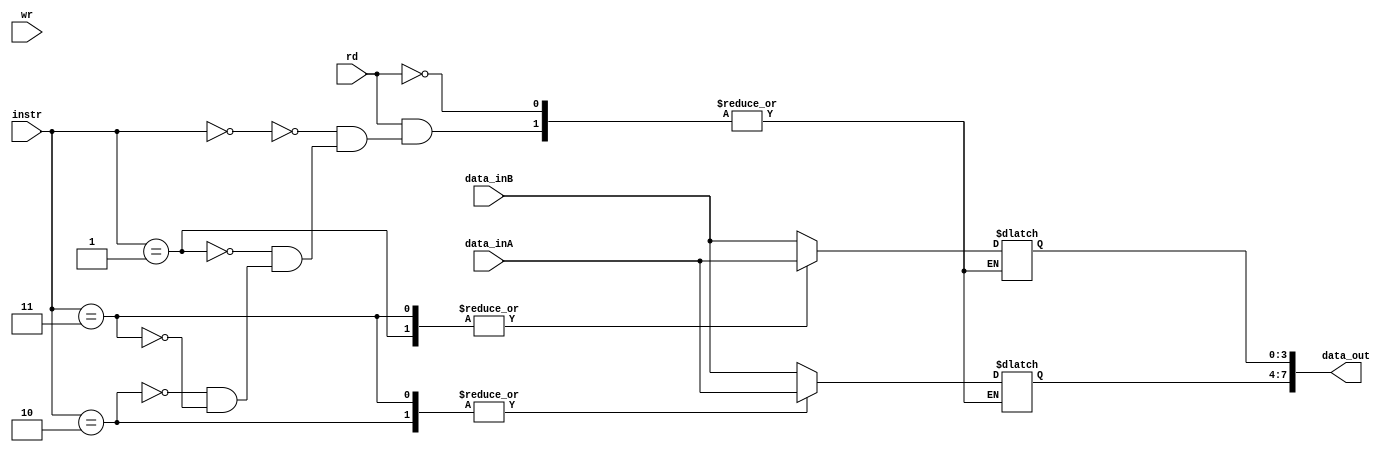
module register_ALU #(parameter Tamdata = 4, Tamrow = 2)(
    data_inA,data_inB, instr,data_out,rd,wr
);
input [3:0] data_inA;
input [3:0] data_inB;
input rd,wr;
input [2:0] instr;
output reg [7:0] data_out;

reg [Tamdata-1:0] memory [Tamrow-1:0];

always @(*) begin
    if (rd) begin
        case (instr)
            2'b00: begin data_out[7:4] <= data_inB; data_out[3:0] <= data_inB; end 
            2'b01: begin data_out[7:4] <= data_inB; data_out[3:0] <= data_inA; end
            2'b10: begin data_out[7:4] <= data_inA; data_out[3:0] <= data_inB; end 
            2'b11: begin data_out[7:4] <= data_inA; data_out[3:0] <= data_inA; end 
        endcase  
    end

    if (wr) begin
    memory[1] <= data_inA;
    memory[0] <= data_inB;       
    end
    
end

endmodule